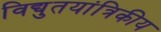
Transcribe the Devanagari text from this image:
विद्युतयांत्रिकीय